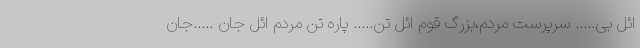
ائل بی….. سرپرست مردم،بزرگ قوم ائل تن….. پاره تن مردم ائل جان …..جان